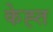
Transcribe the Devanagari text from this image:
केह्त